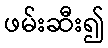
ဖမ်းဆီး၍